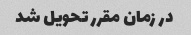
در زمان مقرر تحویل شد